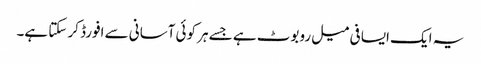
یہ ایک ایسا فی میل روبوٹ ہے جسے ہر کوئی آسانی سے افورڈ کر سکتا ہے۔